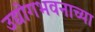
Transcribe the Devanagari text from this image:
उद्योगभवनाच्या